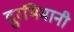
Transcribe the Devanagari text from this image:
दुरभिमानी